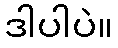
ဒါပါပဲ။